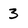
Character: 3